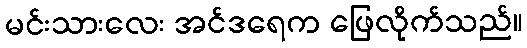
မင်းသားလေး အင်ဒရေက ဖြေလိုက်သည်။